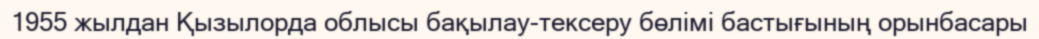
1955 жылдан Қызылорда облысы бақылау-тексеру бөлімі бастығының орынбасары